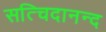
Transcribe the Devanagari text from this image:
सत्चिदानन्द